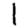
Digit: 1